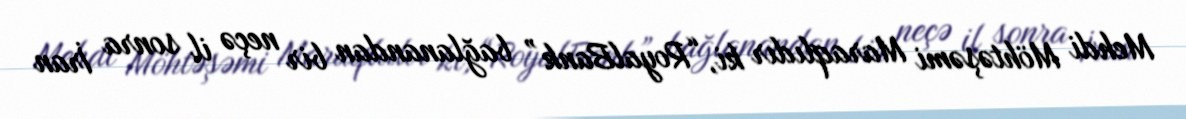
Mehdi Möhtəşəmi Maraqlıdır ki, “RoyalBank” bağlanandan bir neçə il sonra İran